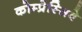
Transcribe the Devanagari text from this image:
कोम्प्रेस्सिवे